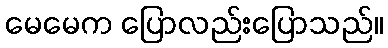
မေမေက ပြောလည်းပြောသည်။